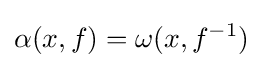
\alpha (x,f)=\omega (x,f^{-1})